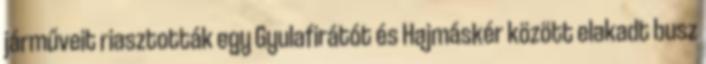
járműveit riasztották egy Gyulafirátót és Hajmáskér között elakadt busz